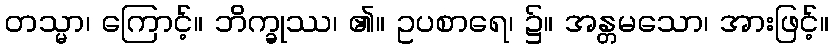
တသ္မာ၊ ကြောင့်။ ဘိက္ခုဿ၊ ၏။ ဥပစာရေ၊ ၌။ အန္တမသော၊ အားဖြင့်။